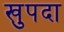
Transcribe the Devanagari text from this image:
खुपदा